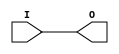
module IBUF_LVCMOS15 (O, I);

    output O;

    input  I;

	buf B1 (O, I);


endmodule